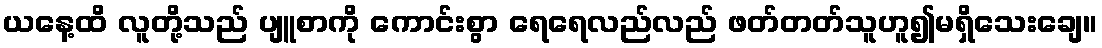
ယနေ့ထိ လူတို့သည် ပျူစာကို ကောင်းစွာ ရေရေလည်လည် ဖတ်တတ်သူဟူ၍မရှိသေးချေ။